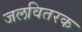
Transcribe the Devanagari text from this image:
जलवितरक